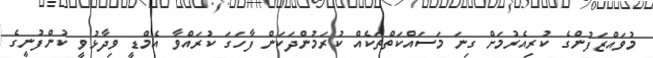
މުވައްޒަފުންގެ ކުރިއެރުމަށް ގިނަ މަސައްކަތްތަކެއް ކުރަމުންދަކަން ފާހަގަ ކުރައްވާ އެމްޑީ ވިދާޅުވީ ކުންފުނީގެ